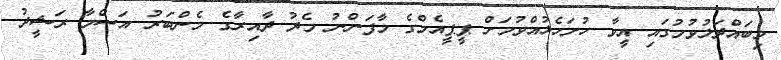
މިބައްދަލުވުމުގައި އީވާ ހުށަހެޅުއްވުމަށް ޕީޕީއެމްގެ މާފަންނު މެދު ދާއިރާގެ މެންބަރު އަސްމާ ރަޝީދު